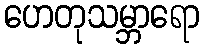
ဟေတုသမ္ဘာရော